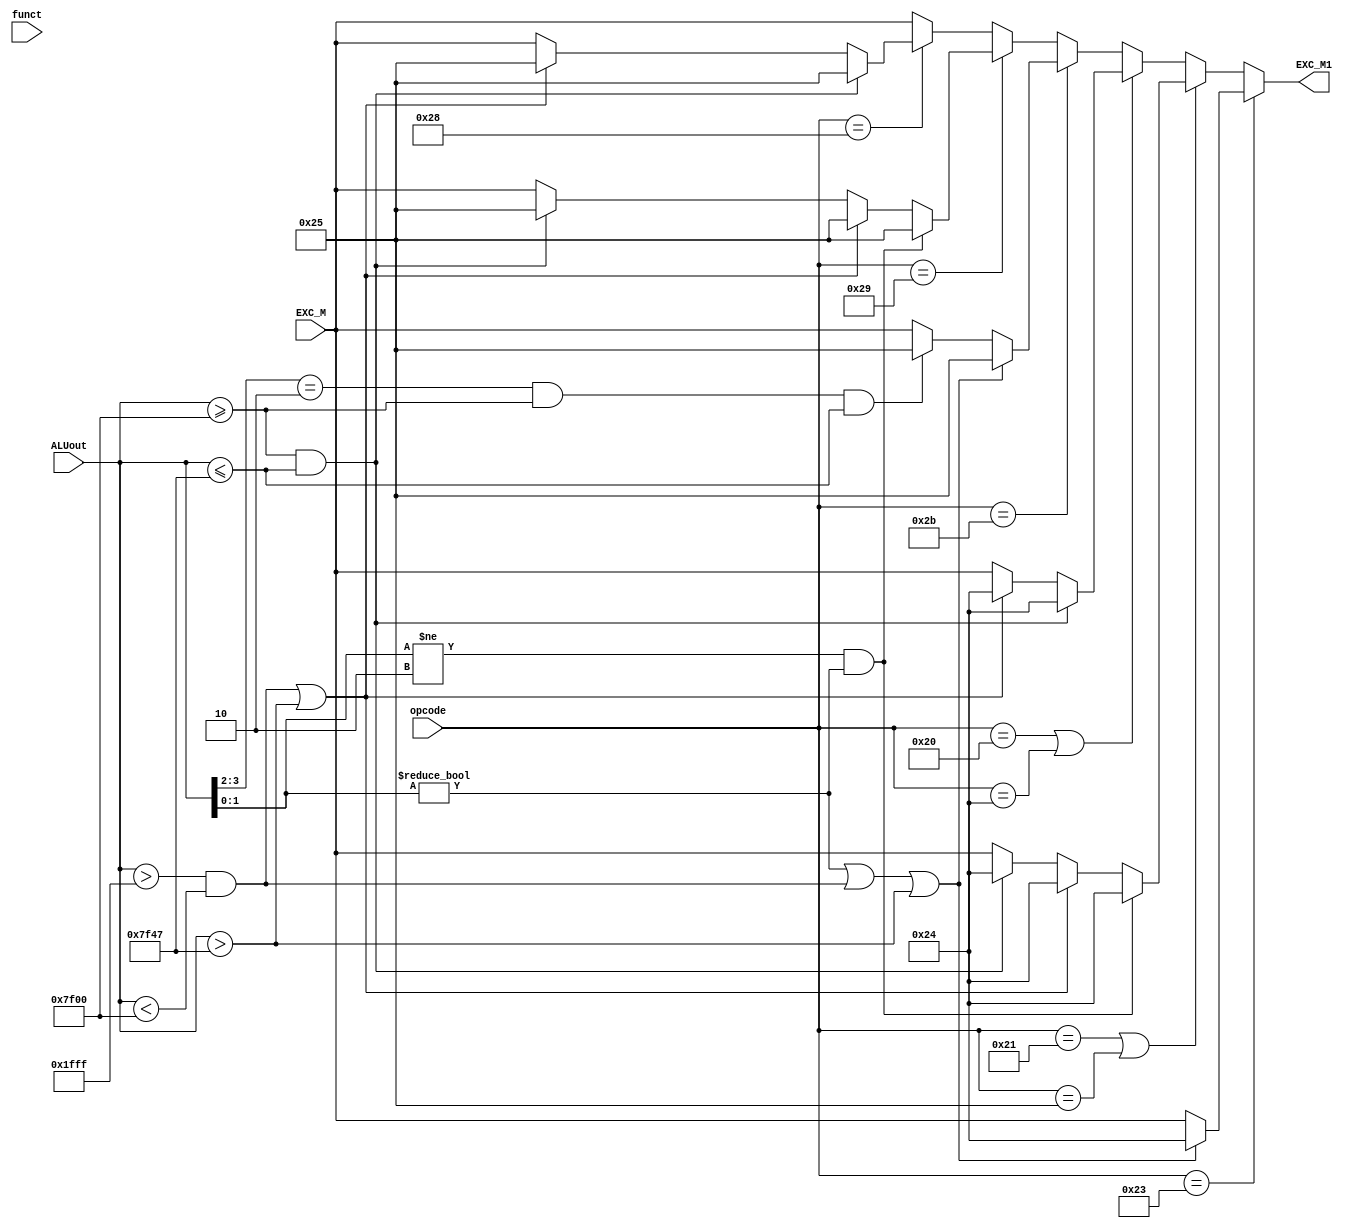
`timescale 1ns / 1ps
//////////////////////////////////////////////////////////////////////////////////
// Company: 
// Engineer: 
// 
// Design Name: 
// Module Name:    EXC_OP_M 
// Project Name: 
// Target Devices: 
// Tool versions: 
// Description: 
//
// Dependencies: 
//
// Revision: 
// Revision 0.01 - File Created
// Additional Comments: 
//
//////////////////////////////////////////////////////////////////////////////////
module EXC_OP_M(EXC_M,EXC_M1,ALUout,opcode,funct);
	input [5:0] EXC_M;
	output reg [5:0] EXC_M1;
	input [31:0] ALUout;
	input [5:0] opcode,funct;
	initial begin
		EXC_M1=0;
	end
	always @(*) begin
		if(opcode==35) begin
			if(ALUout[1:0]!=0||(ALUout>32'h0000_1fff&&ALUout<32'h0000_7f00)||(ALUout>32'h0000_7f47))begin
				EXC_M1<=6'b1_00100;
			end
			else EXC_M1<=EXC_M;
		end
		else if(opcode==33||opcode==37) begin
			if(ALUout[1:0]!=2&&ALUout[1:0]!=0) begin
				EXC_M1<=6'b1_00100;
			end
			else if((ALUout>32'h0000_1fff&&ALUout<32'h0000_7f00)||(ALUout>32'h0000_7f47))begin
				EXC_M1<=6'b1_00100;
			end
			else if(ALUout>=32'h0000_7f00&&ALUout<=32'h0000_7f47)begin
				EXC_M1<=6'b1_00100;
			end
			else EXC_M1<=EXC_M;
		end
		else if(opcode==32||opcode==36) begin
			if(ALUout>=32'h0000_7f00&&ALUout<=32'h0000_7f47)begin
				EXC_M1<=6'b1_00100;
			end
			else if((ALUout>32'h0000_1fff&&ALUout<32'h0000_7f00)||(ALUout>32'h0000_7f47))begin
				EXC_M1<=6'b1_00100;
			end
			else EXC_M1<=EXC_M;
		end
		else if(opcode==43) begin
			if(ALUout[1:0]!=0||(ALUout>32'h0000_1fff&&ALUout<32'h0000_7f00)||(ALUout>32'h0000_7f47))begin
				EXC_M1<=6'b1_00101;
			end
			else if(ALUout[3:2]==2&&ALUout>=32'h0000_7f00&&ALUout<=32'h0000_7f47) begin
				EXC_M1<=6'b1_00101;
			end
			else EXC_M1<=EXC_M;
		end
		else if(opcode==41) begin
			if(ALUout[1:0]!=2&&ALUout[1:0]!=0) begin
				EXC_M1<=6'b1_00101;
			end
			else if((ALUout>32'h0000_1fff&&ALUout<32'h0000_7f00)||(ALUout>32'h0000_7f47))begin
				EXC_M1<=6'b1_00101;
			end
			else if(ALUout>=32'h0000_7f00&&ALUout<=32'h0000_7f47)begin
				EXC_M1<=6'b1_00101;
			end
			else EXC_M1<=EXC_M;
		end
		else if(opcode==40) begin
			if(ALUout>=32'h0000_7f00&&ALUout<=32'h0000_7f47)begin
				EXC_M1<=6'b1_00101;
			end
			else if((ALUout>32'h0000_1fff&&ALUout<32'h0000_7f00)||(ALUout>32'h0000_7f47))begin
				EXC_M1<=6'b1_00101;
			end
			else EXC_M1<=EXC_M;
		end
		else EXC_M1<=EXC_M;
	end


endmodule